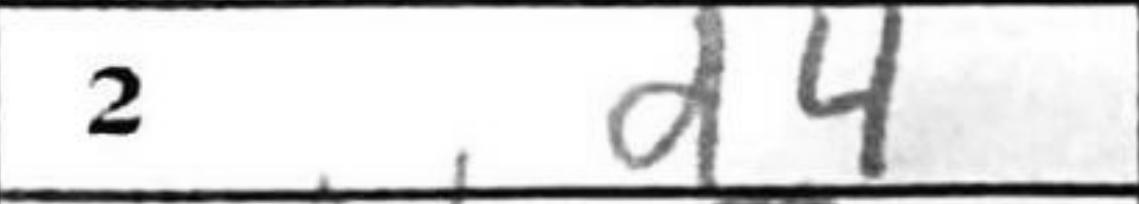
Transcription: d4